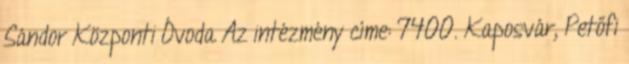
Sándor Központi Óvoda Az intézmény címe: 7400. Kaposvár, Petőfi